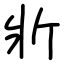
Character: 斨